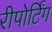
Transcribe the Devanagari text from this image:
रीपोर्टिंग